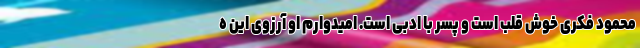
محمود فکری خوش قلب است و پسر با ادبی است. امیدوارم او آرزوی این ه